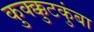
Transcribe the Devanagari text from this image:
कुक्क्कुटकुंबा